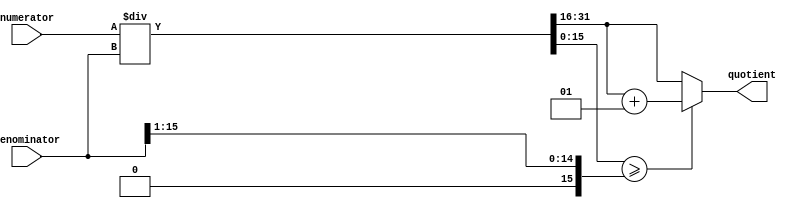
module fixed_point_divider (
    input signed [15:0] numerator,
    input signed [15:0] denominator,
    output reg signed [15:0] quotient
);

reg signed [15:0] numerator_extended;
reg signed [15:0] quotient_temp;
reg signed [15:0] remainder;

always @ (numerator, denominator) begin
    // Extend numerator to handle sign extension
    numerator_extended = {16'd0, numerator};

    // Perform division operation
    {quotient_temp, remainder} = numerator_extended / denominator;
    
    // Round the quotient
    if (remainder >= (denominator >> 1)) begin
        quotient = quotient_temp + 1;
    end else begin
        quotient = quotient_temp;
    end
end

endmodule